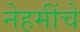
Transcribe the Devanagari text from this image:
नेहमींचे